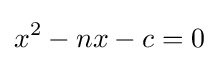
x^{2}-nx-c=0